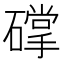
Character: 礃